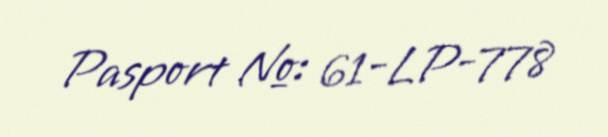
Pasport №: 61-LP-778